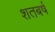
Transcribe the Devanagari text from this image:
शतबर्ष